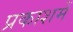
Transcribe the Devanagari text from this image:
प्रकाशमें